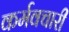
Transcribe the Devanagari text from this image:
कर्मवचारी